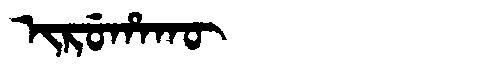
Manchu: ᡳᡵᡠᡥᠠᡴᡡ
Romanization: IRUHAKŪ